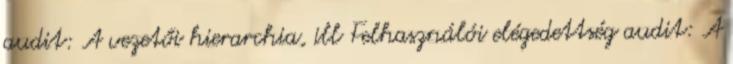
audit: A vezetői hierarchia, ill Felhasználói elégedettség audit: A